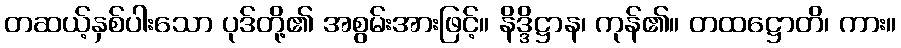
တဆယ့်နှစ်ပါးသော ပုဒ်တို့၏ အစွမ်းအားဖြင့်။ နိဒ္ဒိဋ္ဌာန၊ ကုန်၏။ တထဋ္ဌောတိ၊ ကား။